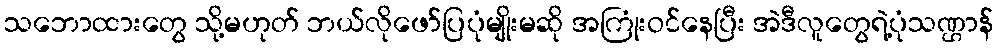
သဘောထားတွေ သို့မဟုတ် ဘယ်လိုဖော်ပြပုံမျိုးမဆို အကြုံးဝင်နေပြီး အဲဒီလူတွေရဲ့ပုံသဏ္ဌာန်